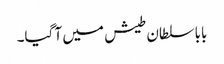
بابا سلطان طیش میں آ گیا۔